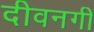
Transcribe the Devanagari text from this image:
दीवनगी